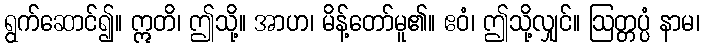
ရွက်ဆောင်၍။ ဣတိ၊ ဤသို့။ အာဟ၊ မိန့်တော်မူ၏။ ဧဝံ၊ ဤသို့လျှင်။ ဩတ္တပ္ပံ နာမ၊